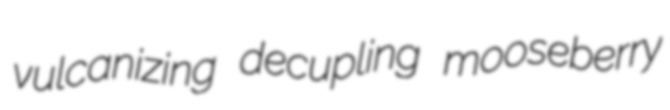
vulcanizing decupling mooseberry